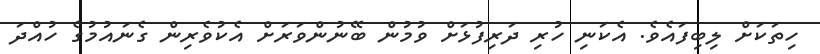
ހިތަކަށް ލިބިފައެވެ. އެކަނި ހުރި ދަރިފުޅަށް ވުމުން ބޭނުންވަރަށް އެކުވެރިން ގެނައުމުގެ ހުއްދަ